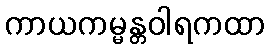
ကာယကမ္မန္တဝါရကထာ